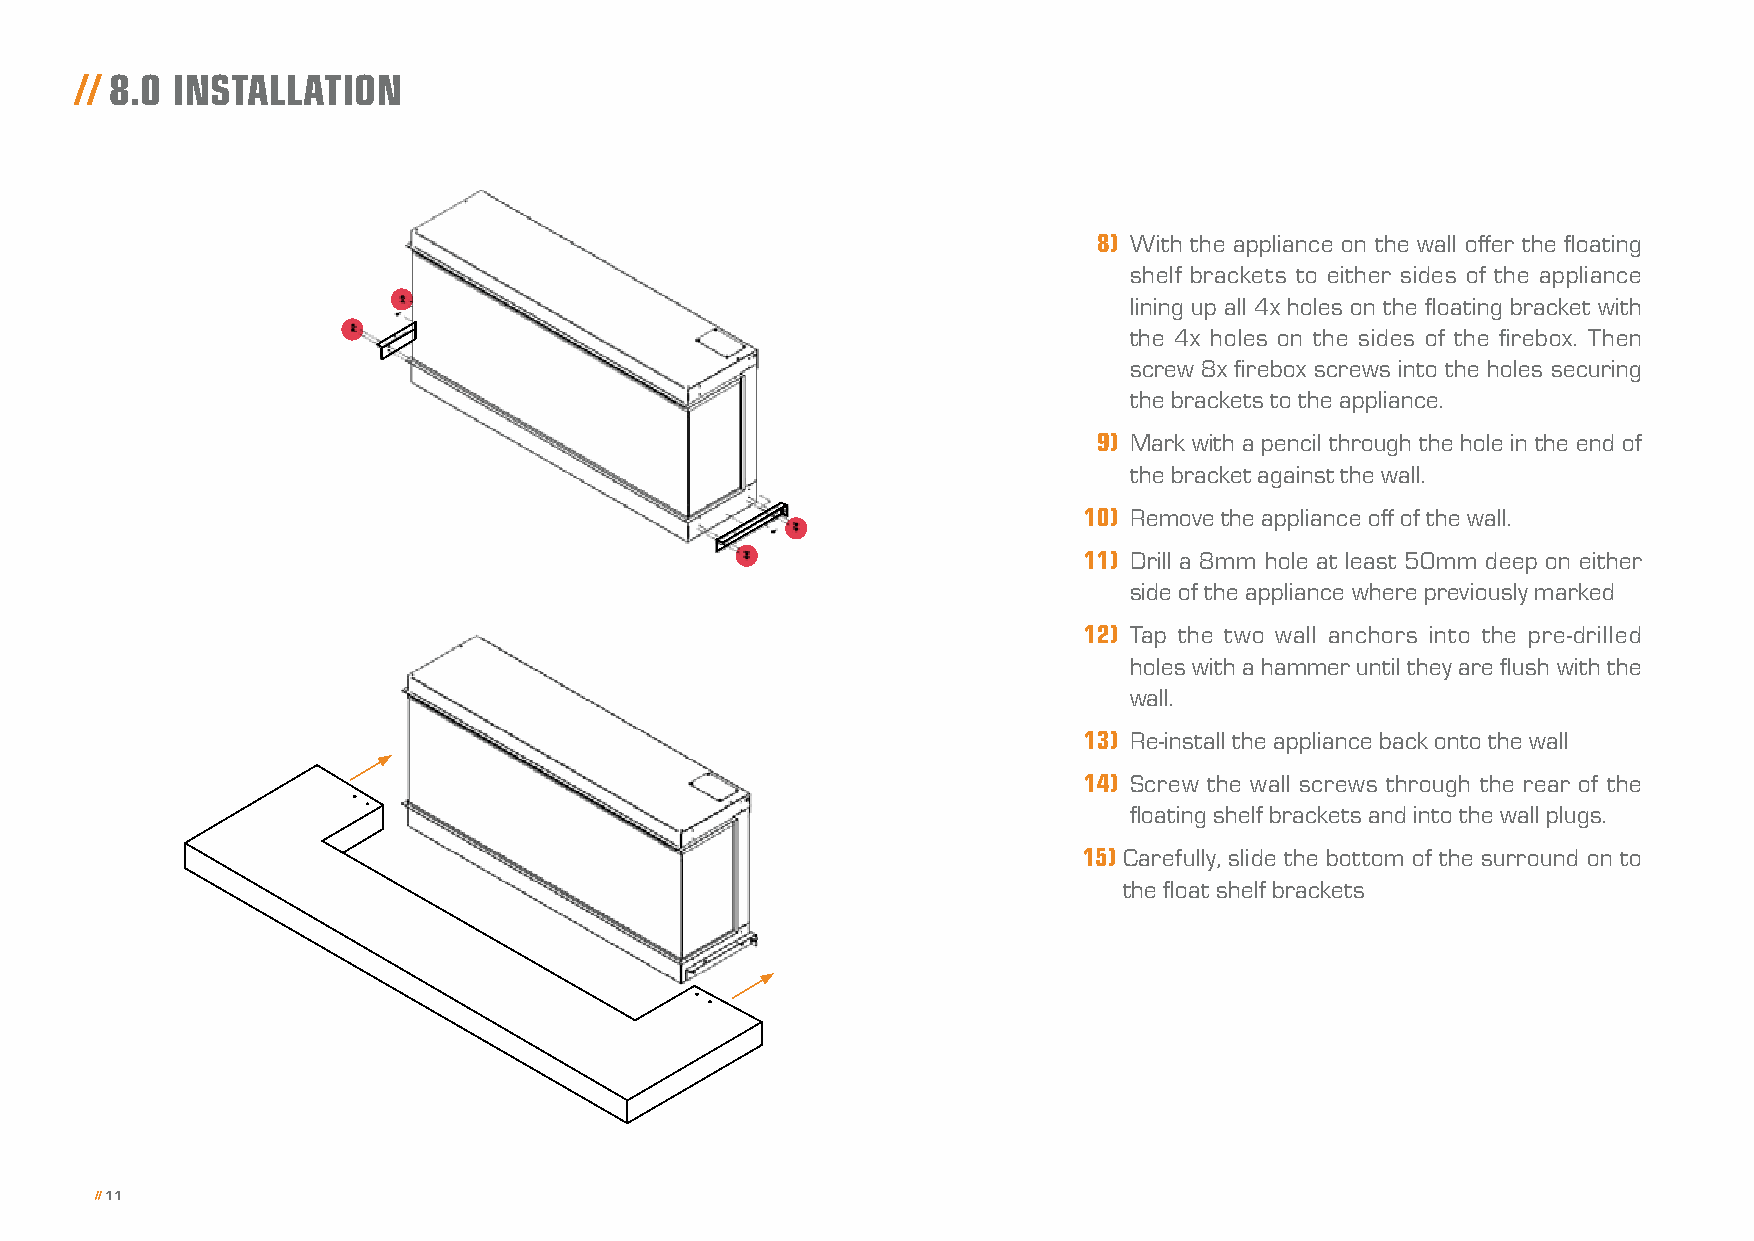
// 8.0 INSTALLATION
 8) W ith the appliance on the wall offer the floating
 shelf brackets to either sides of the appliance
 lining up all 4x holes on the floating bracket with
 the 4x holes on the sides of the firebox. Then
 screw 8x firebox screws into the holes securing
 the brackets to the appliance.
 9) M ark with a pencil through the hole in the end of
 the bracket against the wall.
 10) R emove the appliance off of the wall.
 11) D rill a 8mm hole at least 50mm deep on either
 side of the appliance where previously marked
 12) T ap the two wall anchors into the pre-drilled
 holes with a hammer until they are flush with the
 wall.
 13) R e-install the appliance back onto the wall
 14) S crew the wall screws through the rear of the
 floating shelf brackets and into the wall plugs.
 15) Carefully, slide the bottom of the surround on to
 the float shelf brackets
 // 11